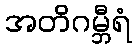
အတိဂမ္ဘီရံ